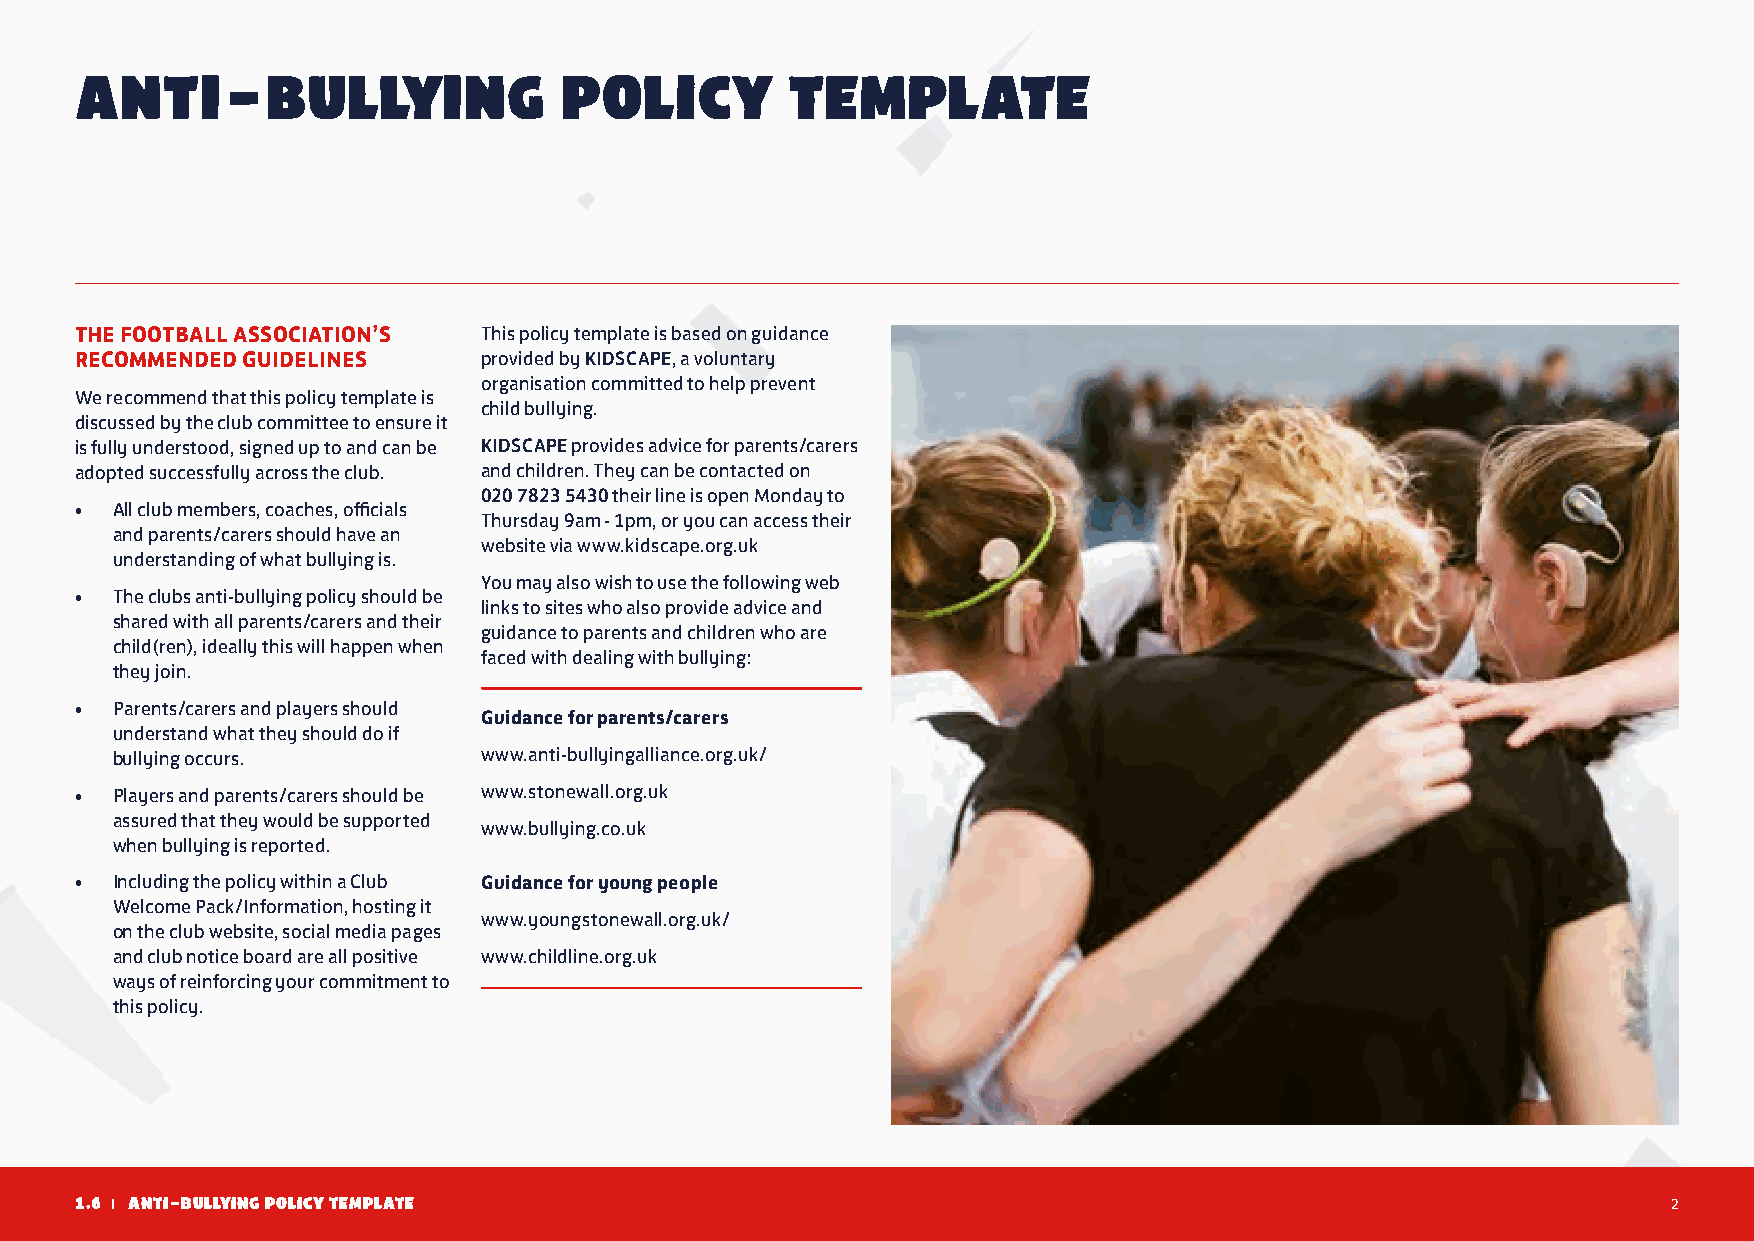
ANTI-BULLYING                   POLICY         TEMPLATE
 THE FOOTBALL ASSOCIATION’S This policy template is based on guidance
 RECOMMENDED GUIDELINES     provided by KIDSCAPE, a voluntary
 organisation committed to help prevent
 We recommend that this policy template is
 child bullying.
 discussed by the club committee to ensure it
 is fully understood, signed up to and can be KIDSCAPE provides advice for parents/carers
 adopted successfully across the club. and children. They can be contacted on
 020 7823 5430 their line is open Monday to
 • All club members, coaches, officials
 Thursday 9am - 1pm, or you can access their
 and parents/carers should have an
 website via www.kidscape.org.uk
 understanding of what bullying is.
 You may also wish to use the following web
 • The clubs anti-bullying policy should be
 links to sites who also provide advice and
 shared with all parents/carers and their
 guidance to parents and children who are
 child(ren), ideally this will happen when
 faced with dealing with bullying:
 they join.
 • Parents/carers and players should
 Guidance for parents/carers
 understand what they should do if
 bullying occurs.         www.anti-bullyingalliance.org.uk/
 • Players and parents/carers should be www.stonewall.org.uk
 assured that they would be supported
 www.bullying.co.uk
 when bullying is reported.
 • Including the policy within a Club Guidance for young people
 Welcome Pack/Information, hosting it
 www.youngstonewall.org.uk/
 on the club website, social media pages
 and club notice board are all positive www.childline.org.uk
 ways of reinforcing your commitment to
 this policy.
 1.6 | ANTI-BULLYING POLICY TEMPLATE                                                                       2